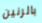
بالرنين